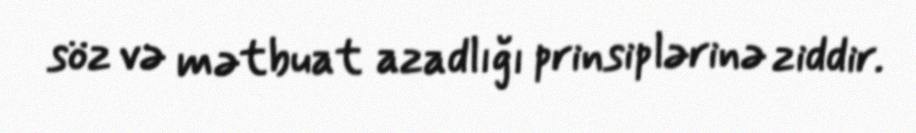
söz və mətbuat azadlığı prinsiplərinə ziddir.